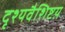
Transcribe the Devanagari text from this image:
दृश्यवैशिष्टय़